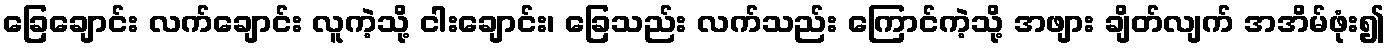
ခြေချောင်း လက်ချောင်း လူကဲ့သို့ ငါးချောင်း၊ ခြေသည်း လက်သည်း ကြောင်ကဲ့သို့ အဖျား ချိတ်လျက် အအိမ်ဖုံး၍